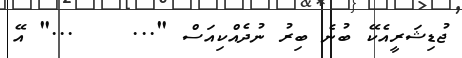
ޖުޑިޝަރީއެކޭ ބުނެ ބިރު ނުދެއްކިއަސް "...    ..." އޭ